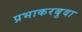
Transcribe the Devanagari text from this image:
प्रभाकरबुवा